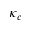
\kappa _ { c }